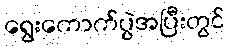
ရွေးကောက်ပွဲအပြီးတွင်